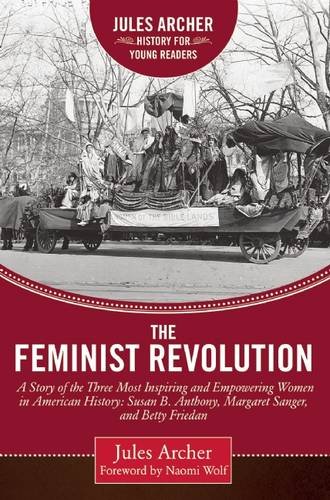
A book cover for The Feminist Revolution: A Story of the Three Most Inspiring and Empowering Women in American History: Susan B. Anthony, Margaret Sanger, and Betty Friedan (Jules Archer History for Young Readers); Jules Archer; Teen & Young Adult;